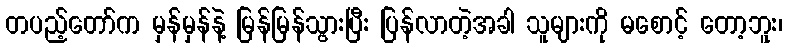
တပည့်တော်က မှန်မှန်နဲ့ မြန်မြန်သွားပြီး ပြန်လာတဲ့အခါ သူများကို မစောင့် တော့ဘူး၊